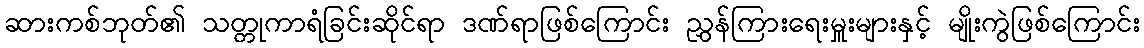
ဆားကစ်ဘုတ်၏ သတ္တုကာရံခြင်းဆိုင်ရာ ဒဏ်ရာဖြစ်ကြောင်း ညွှန်ကြားရေးမှူးများနှင့် မျိုးကွဲဖြစ်ကြောင်း